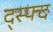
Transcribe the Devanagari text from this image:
द्स्फ्द